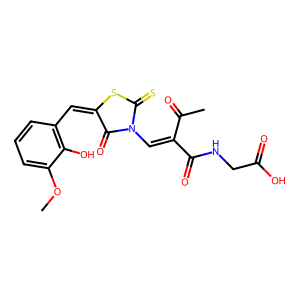
SMILES: COc1cccc(C=C2SC(=S)N(C=C(C(C)=O)C(=O)NCC(=O)O)C2=O)c1O
Inhibits HIV replication: No